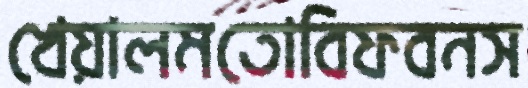
খেয়ালমতোবিফবনস